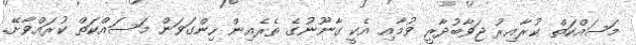
މަސައްކަތް ކުރާއިރު ޖަވާބުދާރީ ވުމާއި އެކީ ގާނޫނުގެ ތެރެއިން ހިންގަވަން މަސައްކަތް ކުރައްވާށޭ.